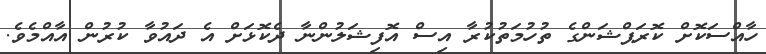
ހާއްސަކޮށް ކޮރަޕްޝަންގެ ތުހުމަތުކުރާ އިސް އޮފިޝަލުންނާ ދެކޮޅަށް އެ ދައުވާ ކުރުން އާއްމެވެ.